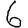
Digit: 6